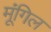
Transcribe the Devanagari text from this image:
मूंगिल